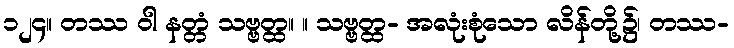
၁၂၄။ တဿ ဝါ နတ္တံ သဗ္ဗတ္ထ။ ။ သဗ္ဗတ္ထ- အလုံးစုံသော လိန်တို့၌၊ တဿ-